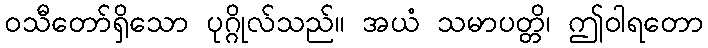
ဝသီတော်ရှိသော ပုဂ္ဂိုလ်သည်။ အယံ သမာပတ္တိ၊ ဤဝါရတော